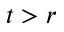
t > r